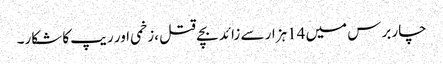
چار برس میں 14ہزار سے زائد بچے قتل ،زخمی اور ریپ کا شکار۔